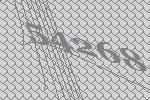
54268